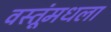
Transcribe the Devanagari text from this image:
वस्तूंमधला